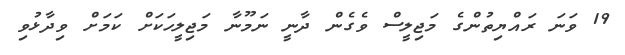
19 ވަނަ ރައްޔިތުންގެ މަޖިލީސް ވެގެން ދާނީ ނަމޫނާ މަޖިލީހަކަށް ކަމަށް ވިދާޅުވި